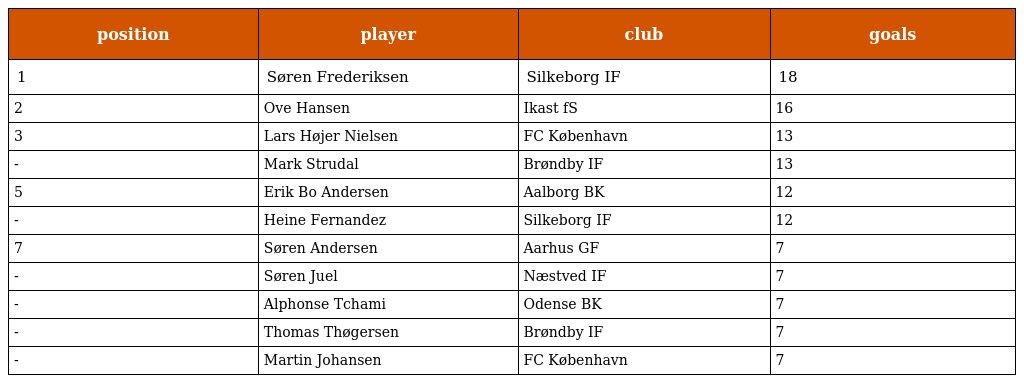
| position | player | club | goals |
 | --- | --- | --- | --- |
 | 1 | Søren Frederiksen | Silkeborg IF | 18 |
 | 2 | Ove Hansen | Ikast fS | 16 |
 | 3 | Lars Højer Nielsen | FC København | 13 |
 | - | Mark Strudal | Brøndby IF | 13 |
 | 5 | Erik Bo Andersen | Aalborg BK | 12 |
 | - | Heine Fernandez | Silkeborg IF | 12 |
 | 7 | Søren Andersen | Aarhus GF | 7 |
 | - | Søren Juel | Næstved IF | 7 |
 | - | Alphonse Tchami | Odense BK | 7 |
 | - | Thomas Thøgersen | Brøndby IF | 7 |
 | - | Martin Johansen | FC København | 7 |